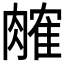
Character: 𬛎